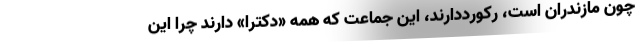
چون مازندران است، رکورددارند، این جماعت که همه «دکترا» دارند چرا این